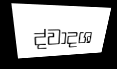
ද්වාදශ